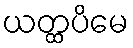
ယတ္ထပိမေ